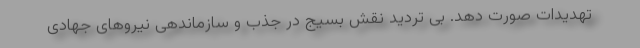
تهدیدات صورت دهد. بی تردید نقش بسیج در جذب و سازماندهی نیروهای جهادی